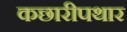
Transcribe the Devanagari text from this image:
कछारीपथार